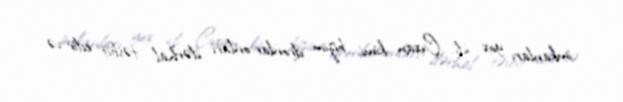
imkanları yox idi. Çıxan kimi bizim dronlar onları dərhal təsbit edir və